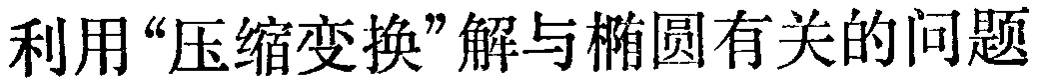
利用“压缩变换”解与椭圆有关的问题